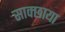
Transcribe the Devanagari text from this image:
साक्छाया